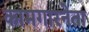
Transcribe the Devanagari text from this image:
कामगारनेता